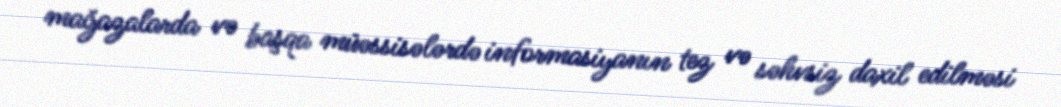
mağazalarda və başqa müəssisələrdə informasiyanın tez və səhvsiz daxil edilməsi